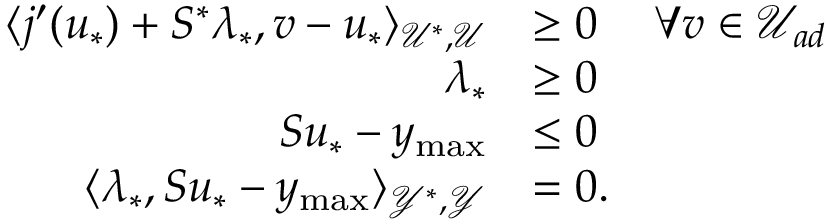
\begin{array} { r l r } { \langle j ^ { \prime } ( u _ { * } ) + S ^ { * } \lambda _ { * } , v - u _ { * } \rangle _ { \mathcal { U } ^ { * } , \mathcal { U } } } & { \ge 0 } & { \forall v \in \mathcal { U } _ { a d } } \\ { \lambda _ { * } } & { \ge 0 } \\ { S u _ { * } - y _ { \operatorname* { m a x } } } & { \le 0 } \\ { \langle \lambda _ { * } , S u _ { * } - y _ { \operatorname* { m a x } } \rangle _ { \mathcal { Y } ^ { * } , \mathcal { Y } } } & { = 0 . } \end{array}